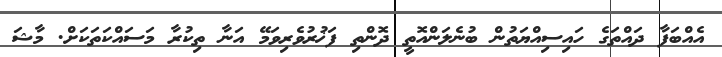
އެއްބަފާ ދައްތަގެ ހައިސިއްޔަތުން ބުނެލަންއޮތީ ދޮންތި ފަޚުރުވެރިވަމޭ އަނާ ތިކުރާ މަސައްކަތަކަށް. މާޝަ